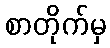
စာတိုက်မှ